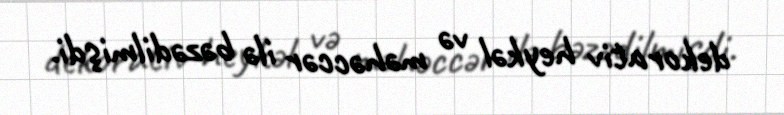
dekorativ heykəl və məhəccər ilə bəzədilmişdi.